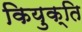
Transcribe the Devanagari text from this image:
कियुक्ति